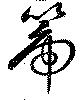
＊